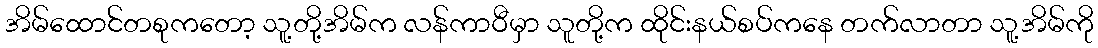
အိမ်ထောင်တစုကတော့ သူ့တို့အိမ်က လန်ကာဝီမှာ သူတို့က ထိုင်းနယ်စပ်ကနေ တက်လာတာ သူ့အိမ်ကို